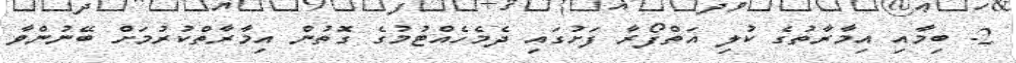
2- ބިމާއި އިމާރާތުގެ ކުލި އަތްފޯރާ ފަށުގައި ދެމެހެއްޓުމުގެ ގޮތުން އިމާރާތްކުރުމަށް ބޭނުންވާ